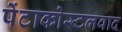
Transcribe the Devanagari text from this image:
पेंटाकोस्टलवाद